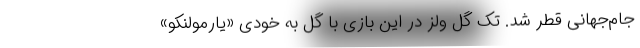
جام‌جهانی قطر شد. تک گل ولز در این بازی با گل به خودی «یارمولنکو»